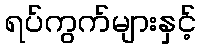
ရပ်ကွက်များနှင့်